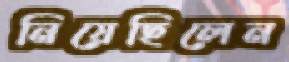
নিয়েছিলেন